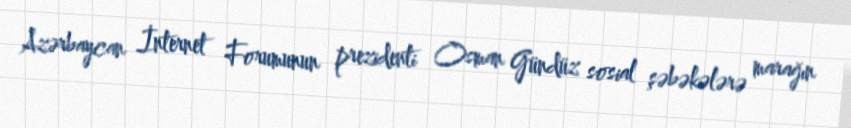
Azərbaycan İnternet Forumunun prezidenti Osman Gündüz sosial şəbəkələrə marağın